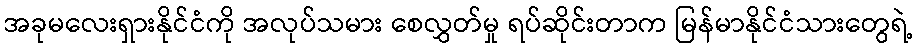
အခုမလေးရှားနိုင်ငံကို အလုပ်သမား စေလွှတ်မှု ရပ်ဆိုင်းတာက မြန်မာနိုင်ငံသားတွေရဲ့